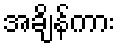
အချိန်ကား